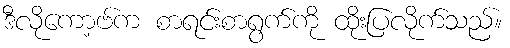
ဒီလိုကော့ဗ်က စာရင်းစာရွက်ကို ထိုးပြလိုက်သည်။